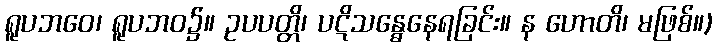
ရူပဘဝေ၊ ရူပဘဝ၌။ ဥပပတ္တိ၊ ပဋိသန္ဓေနေရခြင်း။ န ဟောတိ၊ မဖြစ်။)